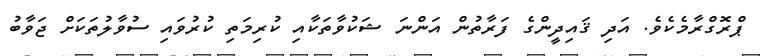
ޕްރޮގްރާމެކެވެ. އަދި ޤައިދީންގެ ފަރާތުން އަންނަ ޝަކުވާތަކާއި ކުރިމަތި ކުރުވައި ސުވާލުތަކަށް ޖަވާބު